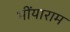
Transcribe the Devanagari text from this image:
भींयाराम